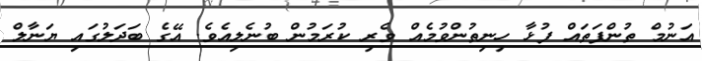
އަނުމް ތުންފަތައް ފުޅާ ހިނިތުންވުމެއް ވެރި ކުރަމުން ބުނެލިއެވެ. އޭގެ ބަދަލުގައި ޔަނާލް